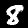
Label: 8